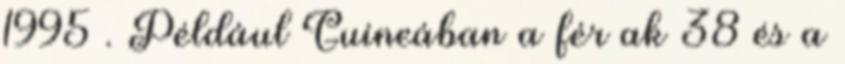
1995 . Például Guineában a férﬁak 38 és a